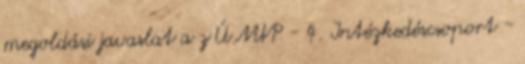
megoldási javaslat a z ÚMVP - 4. Intézkedéscsoport -